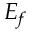
E _ { f }